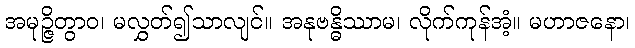
အမုဉ္ဇိတွာဝ၊ မလွှတ်၍သာလျင်။ အနုဗန္ဓိဿာမ၊ လိုက်ကုန်အံ့။ မဟာဇနော၊